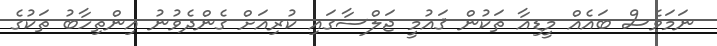
ނަމަވެސް ބައެއް މީޑިއާ ތަކުން ޤައުމީ ޖަލްސާގައި ކުރިއަށް ގެންދެވުނު އިންތިހާބު ތަކުގެ